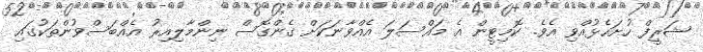
ޝަރީފް ހުށަހެޅުއްވި އެވެ. ކޮމިޓީން އެ މައްސަލަ އެއްވާނަކަށް ގެންގޮސް ނިންމާލިއިރު އެއްބަސްވުންތަކުގައި